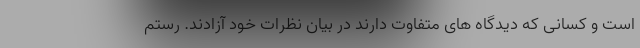
است و کسانی که دیدگاه های متفاوت دارند در بیان نظرات خود آزادند. رستم